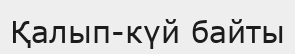
Қалып-күй байты